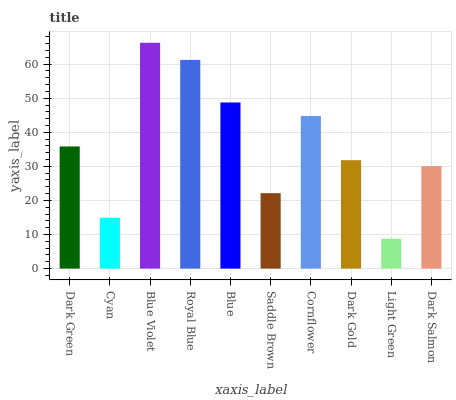
| xaxis_label | bars |
 | --- | --- |
 | Dark Green | 35.8 |
 | Cyan | 14.9 |
 | Blue Violet | 66.3 |
 | Royal Blue | 61.2 |
 | Blue | 48.7 |
 | Saddle Brown | 22.1 |
 | Cornflower | 44.8 |
 | Dark Gold | 31.8 |
 | Light Green | 8.78 |
 | Dark Salmon | 30.1 |